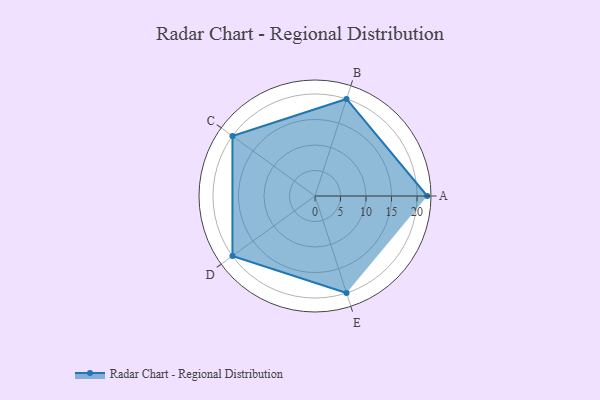
{"axis": {"x": "Skill", "y": "Score"}, "legend": ["Profile"], "data": [{"x": "A", "y": 22.0, "type": "Profile"}, {"x": "B", "y": 20, "type": "Profile"}, {"x": "C", "y": 20, "type": "Profile"}, {"x": "D", "y": 20, "type": "Profile"}, {"x": "E", "y": 20, "type": "Profile"}]}